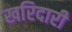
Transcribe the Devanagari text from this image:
खरिदारी